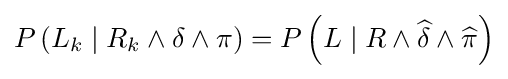
P\left(L_{k}\mid R_{k}\wedge \delta \wedge \pi \right)=P\left(L\mid R\wedge {\widehat {\delta }}\wedge {\widehat {\pi }}\right)